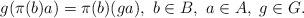
LaTeX: \begin{align*}g(\pi(b)a)=\pi(b)(ga), \ b \in B, \ a \in A, \ g \in G.\end{align*}